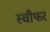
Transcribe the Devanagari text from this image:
स्चीफर